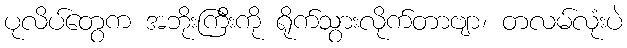
ပုလိပ်တွေက အဘိုးကြီးကို ရိုက်သွားလိုက်တာဗျာ၊ တလမ်လုံးပဲ